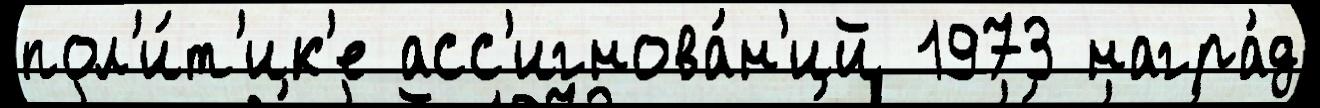
пол'и́т'ик'е асс'игнова́н'ий 1973 награ́д